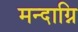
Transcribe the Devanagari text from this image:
मन्‍दाग्नि